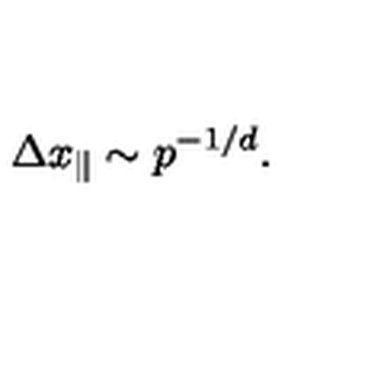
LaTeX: \Delta x _ { \parallel } \sim p ^ { - 1 / d } .